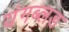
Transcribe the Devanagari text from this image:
यंगब्लड